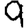
Digit: 9